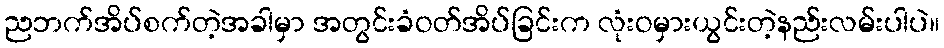
ညဘက်အိပ်စက်တဲ့အခါမှာ အတွင်းခံဝတ်အိပ်ခြင်းက လုံးဝမှားယွင်းတဲ့နည်းလမ်းပါပဲ။